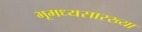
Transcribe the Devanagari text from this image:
भूमध्यसारख्या